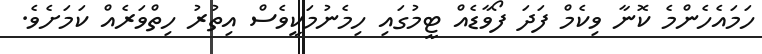
ހަމައެހެންމެ ކޮނާ ވިކެމް ފަދަ ފޯވާޑެއް ޓީމުގައި ހިމެނުމަކީވެސް އިތުރު ހިތްވަރެއް ކަމަށެވެ.